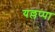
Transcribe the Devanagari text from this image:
यल्लप्पा